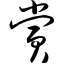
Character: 赏